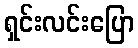
ရှင်းလင်းပြော